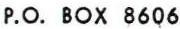
P.O. BOX 86Q6